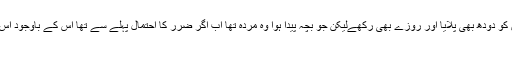
اگر کسی عورت نے زمانہ حمل میں بچوں کو دودھ بھی پلایا اور روزے بھی رکھےلیکن جو بچہ پیدا ہوا وہ مردہ تھا اب اگر ضرر کا احتمال پہلے سے تھا اس کے باوجود اس نے روزے رکھے تو ایسی صورت میں :
الف۔